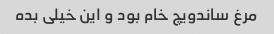
مرغ ساندویچ خام بود و این خیلی بده